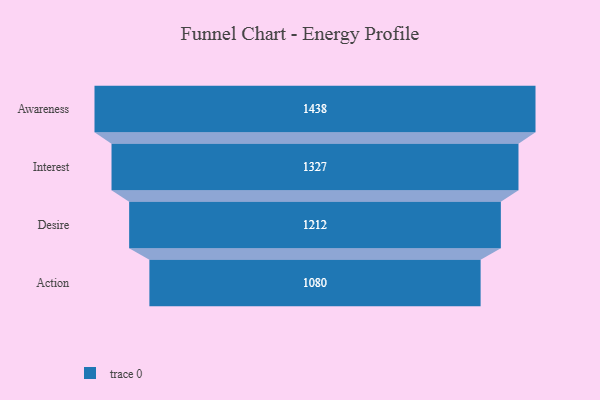
{"axis": {"x": "Stage", "y": "Value"}, "legend": [""], "data": [{"x": "Awareness", "y": 1438.0, "type": ""}, {"x": "Interest", "y": 1327.0, "type": ""}, {"x": "Desire", "y": 1212.0, "type": ""}, {"x": "Action", "y": 1080.0, "type": ""}]}